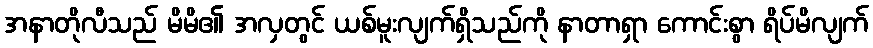
အနာတိုလီသည် မိမိ၏ အလှတွင် ယစ်မူးလျက်ရှိသည်ကို နာတာရှာ ကောင်းစွာ ရိပ်မိလျက်